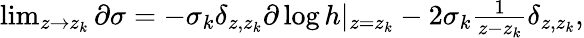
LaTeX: \begin{array}{r}{\operatorname*{lim}_{z\rightarrow z_{k}}\partial\sigma=-\sigma_{k}\delta_{z,z_{k}}\partial\log h|_{z=z_{k}}-2\sigma_{k}\frac{1}{z-z_{k}}\delta_{z,z_{k}},}\end{array}